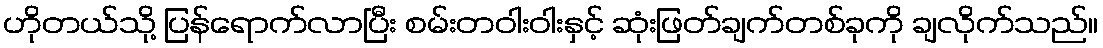
ဟိုတယ်သို့ ပြန်ရောက်လာပြီး စမ်းတဝါးဝါးနှင့် ဆုံးဖြတ်ချက်တစ်ခုကို ချလိုက်သည်။